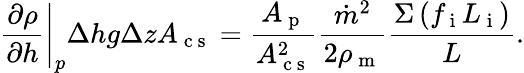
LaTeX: \left.\frac{\partial\rho}{\partial h}\right\vert_{p}\Delta hg\Delta zA_{\mathrm{~c~s~}}=\frac{A_{\mathrm{~p~}}}{A_{\mathrm{~c~s~}}^{2}}\frac{\dot{m}^{2}}{2\rho_{\mathrm{~m~}}}\frac{\Sigma\left(f_{\mathrm{~i~}}L_{\mathrm{~i~}}\right)}{L}.